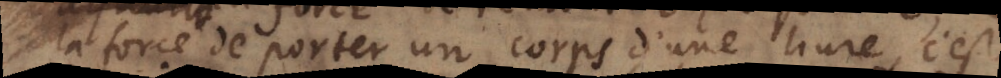
la force de porter un corps d’une livre, c’est